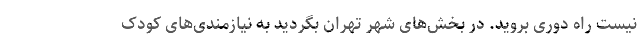
نیست راه دوری بروید. در بخش‌های شهر تهران بگردید به نیازمندی‌های کودک